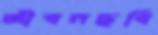
জীবনছবি